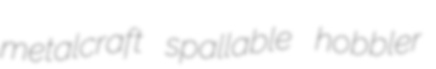
metalcraft spallable hobbler